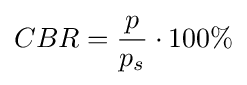
CBR={\frac {p}{p_{s}}}\cdot 100\%